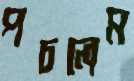
পচলেম